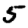
Digit: 5